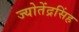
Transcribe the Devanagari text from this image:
ज्योतेंद्रसिंह